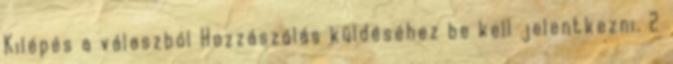
Kilépés a válaszból Hozzászólás küldéséhez be kell jelentkezni. 2